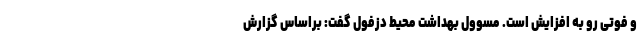
و فوتی رو به افزایش است. مسوول بهداشت محیط دزفول گفت: براساس گزارش